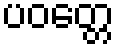
ပဝတ္တေ